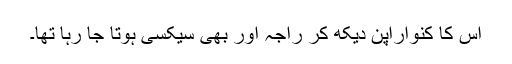
اس کا کنواراپن دیکھ کر راجہ اور بھی سیکسی ہوتا جا رہا تھا۔